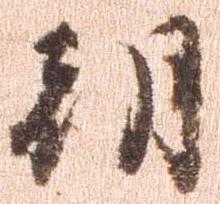
朝